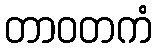
တာဝတကံ